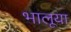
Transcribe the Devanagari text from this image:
भालूया